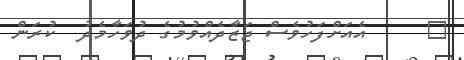
٧     އެއަށްފަހުވެސް ޖަޒާދެއްވުމުގެ ދުވަހާމެދު  ކުރަން